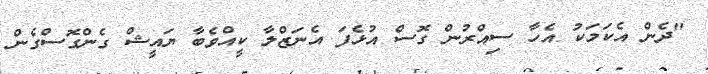
"ދެން އެކަމަކު އެހާ ސިއްރުން ގޮސް އުޅެފަ އެނަޒްލާ ކީއްވެބާ ޔައީޝް ގެންގޮސްގެން